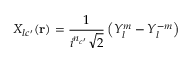
X _ { l c ^ { \prime } } ( \mathbf { r } ) = { \frac { 1 } { i ^ { n _ { c ^ { \prime } } } { \sqrt { 2 } } } } \left( Y _ { l } ^ { m } - Y _ { l } ^ { - m } \right)